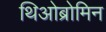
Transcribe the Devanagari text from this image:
थिओब्रोमिन